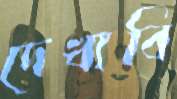
দেখাবি